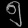
Digit: ၅